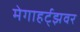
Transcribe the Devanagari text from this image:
मेगाहर्ट्‌झवर